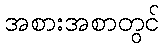
အစားအစာတွင်